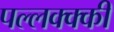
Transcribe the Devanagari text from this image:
पल्लक्क्की